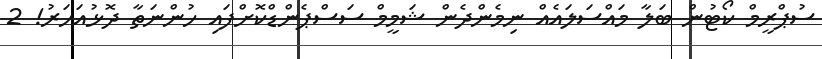
ސުޕްރީމް ކޯޓުން ބަލާ މައްސަލައެއް ނިމެންދެން ޝަމީމް ސަސްޕެންޑްކޮށްފައި ހުންނަތާ ދޮޅުއަހަރު! 2